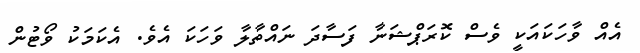
އެއް ވާހަކަައަކީ ވެސް ކޮރަޕްޝަނާ ފަސާދަ ނައްތާލާ ވަހަކަ އެވެ. އެކަމަކު ވޯޓުން